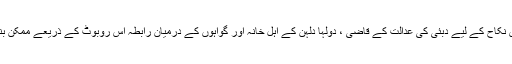
جی اس نکاح کے لیے دبئی کی عدالت کے قاضی ، دولہا دلہن کے اہل خانہ اور گواہوں کے درمیان رابطہ اس روبوٹ کے ذریعے ممکن بنایا گیا۔